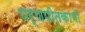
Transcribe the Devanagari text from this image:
पर्णपीतकाभों